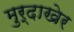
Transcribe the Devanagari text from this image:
मुर्दाखेर